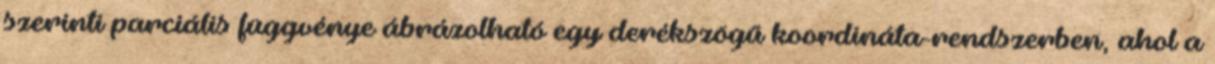
szerinti parciális függvénye ábrázolható egy derékszögű koordináta-rendszerben, ahol a